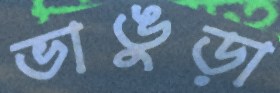
ভাঙুড়া